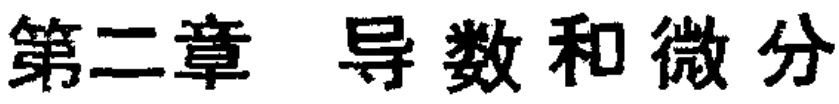
第二章 导数和微分